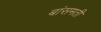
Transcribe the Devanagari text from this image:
बांसमती